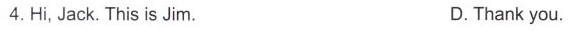
4.Hi, Jack. This is Jim. D.Thank you.